65_HS1-834228961_62-HQ-83894_Section_5
Agency: FBI
Page 83
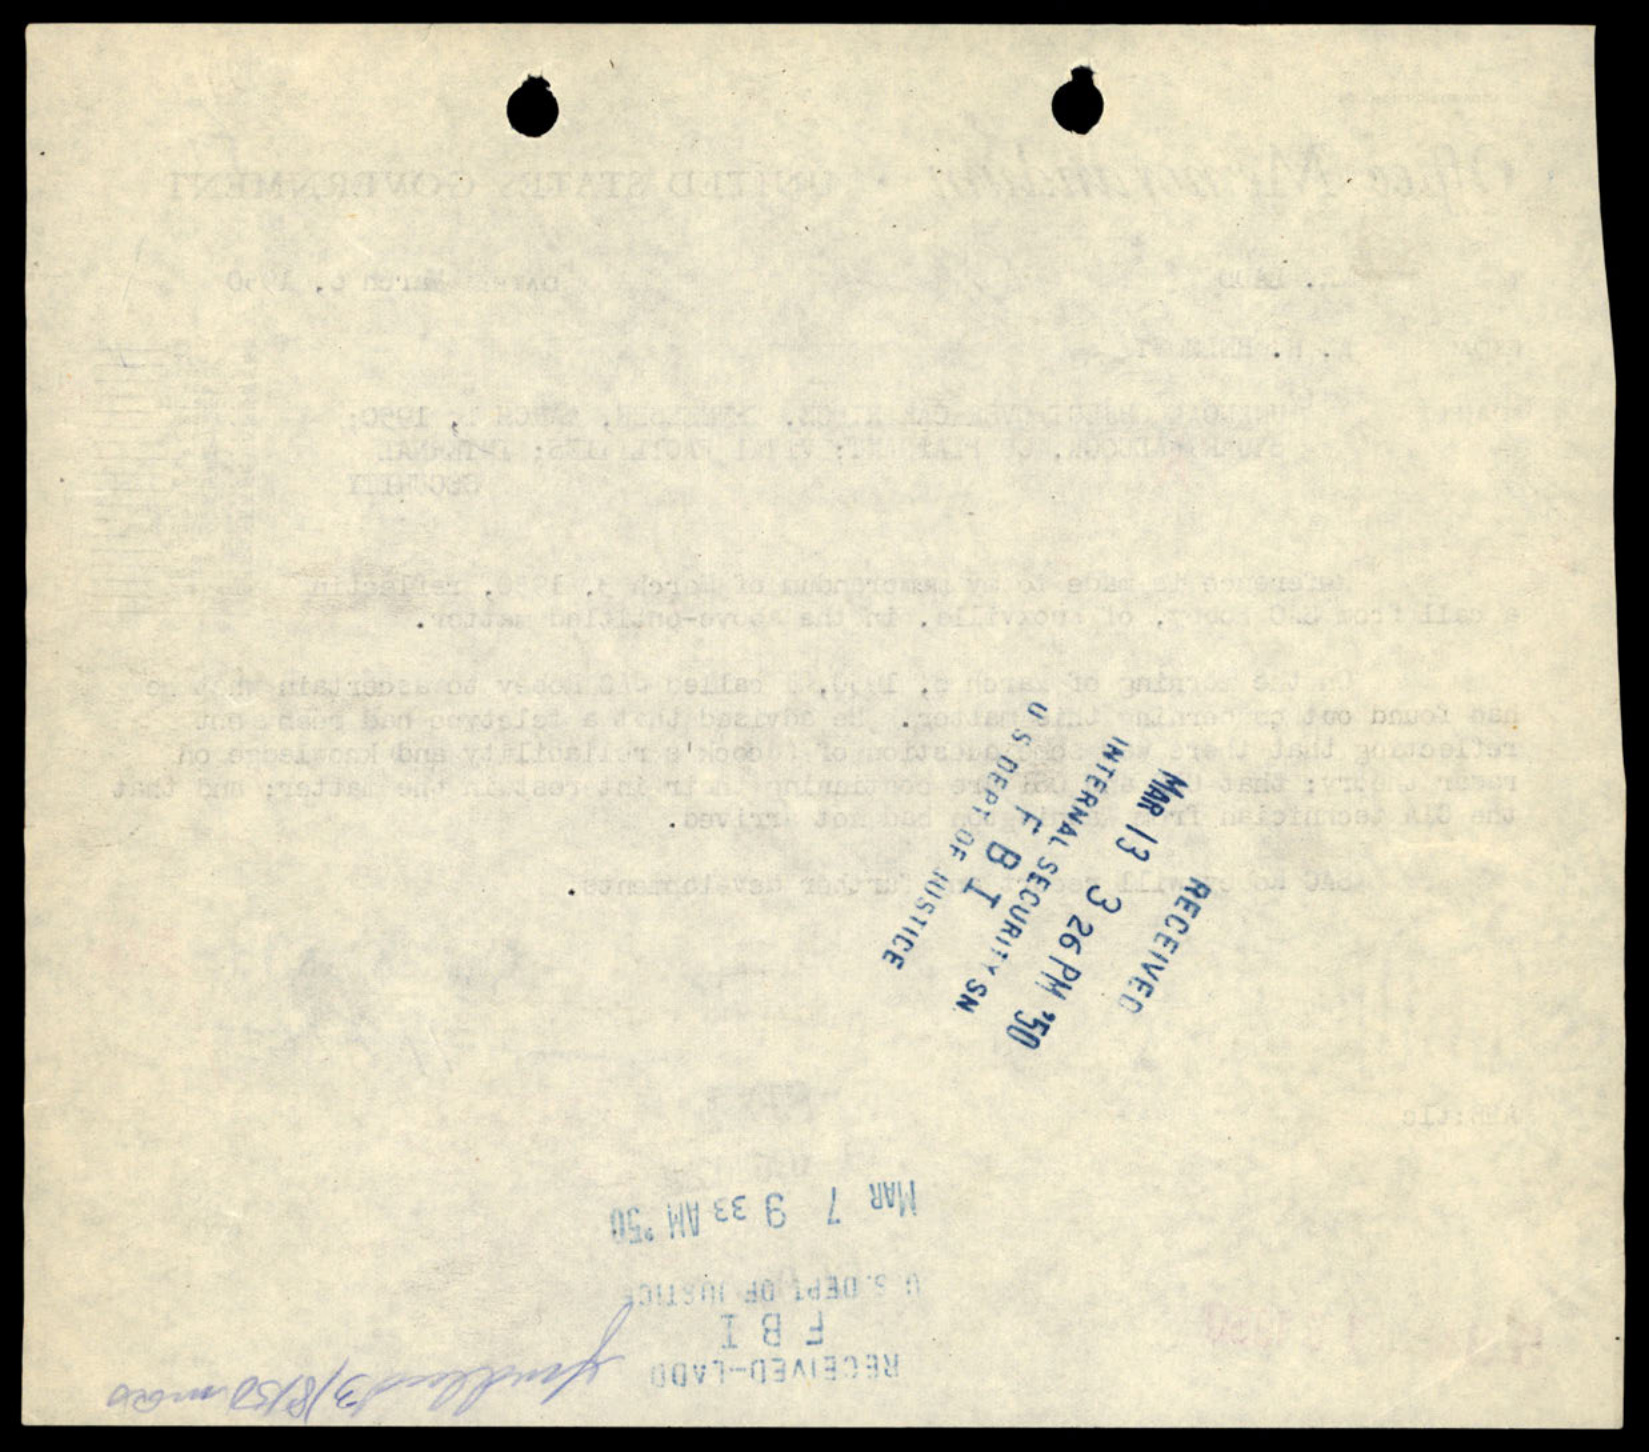